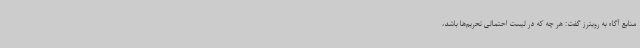
منابع آگاه به رویترز گفت: هر چه که در لیست احتمالی تحریم‌ها باشد،